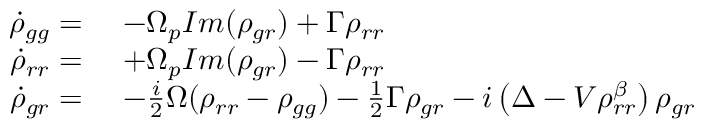
\begin{array} { r l } { \dot { \rho } _ { g g } = } & { \ - \Omega _ { p } I m ( \rho _ { g r } ) + \Gamma \rho _ { r r } } \\ { \dot { \rho } _ { r r } = } & { \ + \Omega _ { p } I m ( \rho _ { g r } ) - \Gamma \rho _ { r r } } \\ { \dot { \rho } _ { g r } = } & { \ - \frac { i } { 2 } \Omega ( \rho _ { r r } - \rho _ { g g } ) - \frac { 1 } { 2 } \Gamma \rho _ { g r } - i \left( \Delta - V \rho _ { r r } ^ { \beta } \right) \rho _ { g r } } \end{array}